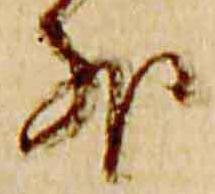
外